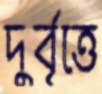
দুর্বৃত্তে